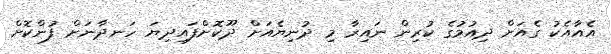
އެއާއެކު ގެއަށް ދިއުމުގެ ކުރިން ނައިރާ މި ދުނިޔެއަށް ދޫކޮށްފައިދިޔަ ހަނދާނަށް ފުންކޮށް